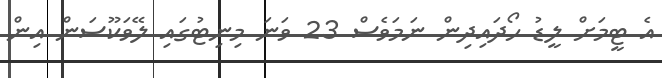
އެ ޓީމަށް ލީޑު ހޯދައިދިން ނަމަވެސް 23 ވަނަ މިނިޓުގައި ލޭވަކޫސަން އިން